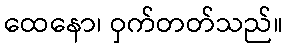
ထေနော၊ ဝှက်တတ်သည်။